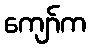
ကျော်က